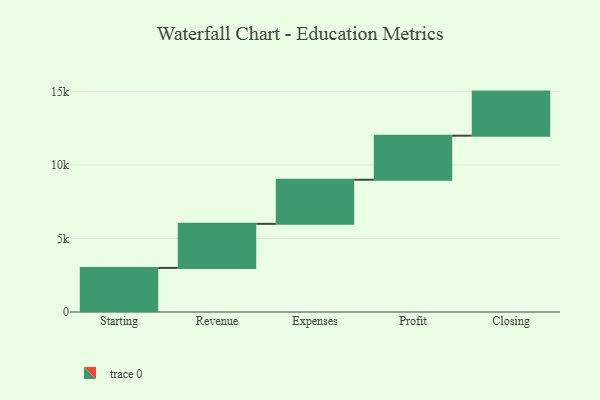
{"axis": {"x": "Step", "y": "Value"}, "legend": [""], "data": [{"x": "Starting", "y": 3000, "type": ""}, {"x": "Revenue", "y": 3000, "type": ""}, {"x": "Expenses", "y": 3000, "type": ""}, {"x": "Profit", "y": 3000, "type": ""}, {"x": "Closing", "y": 3000, "type": ""}]}